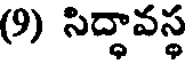
(9) సిద్ధావస్థ